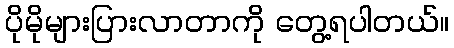
ပိုမိုများပြားလာတာကို တွေ့ရပါတယ်။